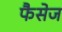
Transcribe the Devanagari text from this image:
फैसेज